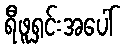
ရီဖူရှင်းအပေါ်